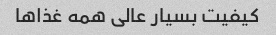
کیفیت بسیار عالی همه غذاها